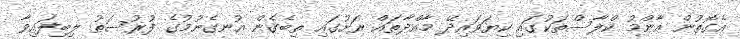
އެގޮތުން އާންމު ކްލާސްތަކުގައި ކިޔަވައިދޭ މާއްދާތައް ރަށުގައި ތިބެގެން އުނގެނުމުގެ ފުރުސަތު ލިބިފައިވާ